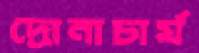
দ্রোনাচার্য